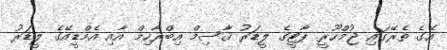
އޭގެ ތެރޭގައި ޖުމްހޫރީ ޕާޓީގެ ލީޑަރު ޤާސިމް އިބްރާހިމް އާއި އެމްޑީއޭގެ ލީޑަރު